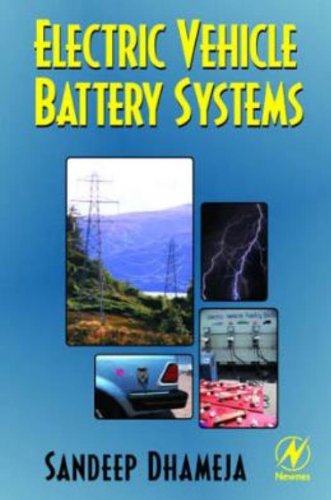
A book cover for Electric Vehicle Battery Systems; Sandeep Dhameja; Engineering & Transportation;